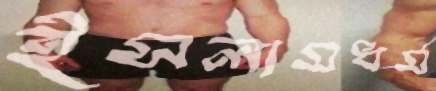
ইসলামধর্ম